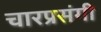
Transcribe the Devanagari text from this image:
चारप्रसंगी